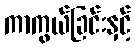
ကာကွယ်ခြင်းနှင့်